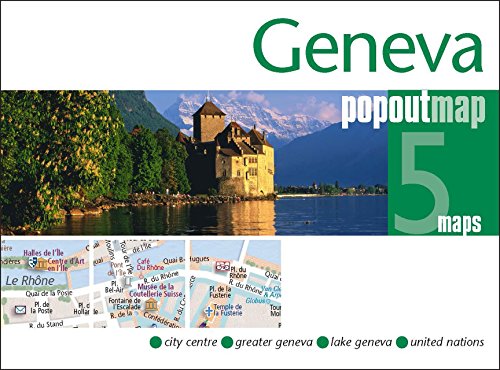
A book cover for Geneva PopOut Map (PopOut Maps); Travel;